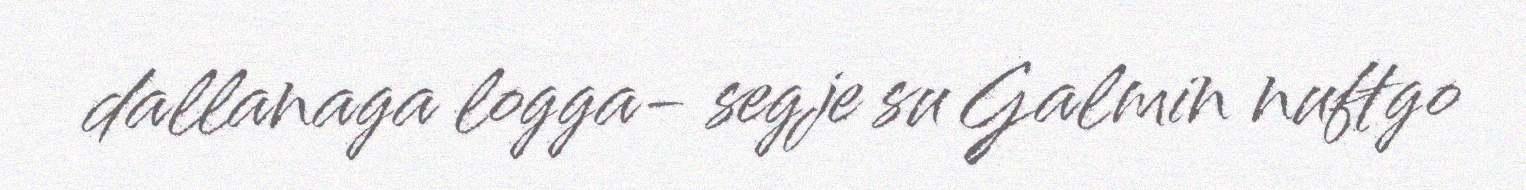
dallanaga logga- segje su Galmin nuftgo